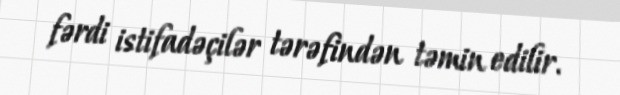
fərdi istifadəçilər tərəfindən təmin edilir.